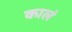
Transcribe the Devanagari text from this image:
कालं